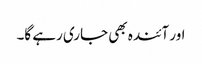
اور آئندہ بھی جاری رہے گا۔